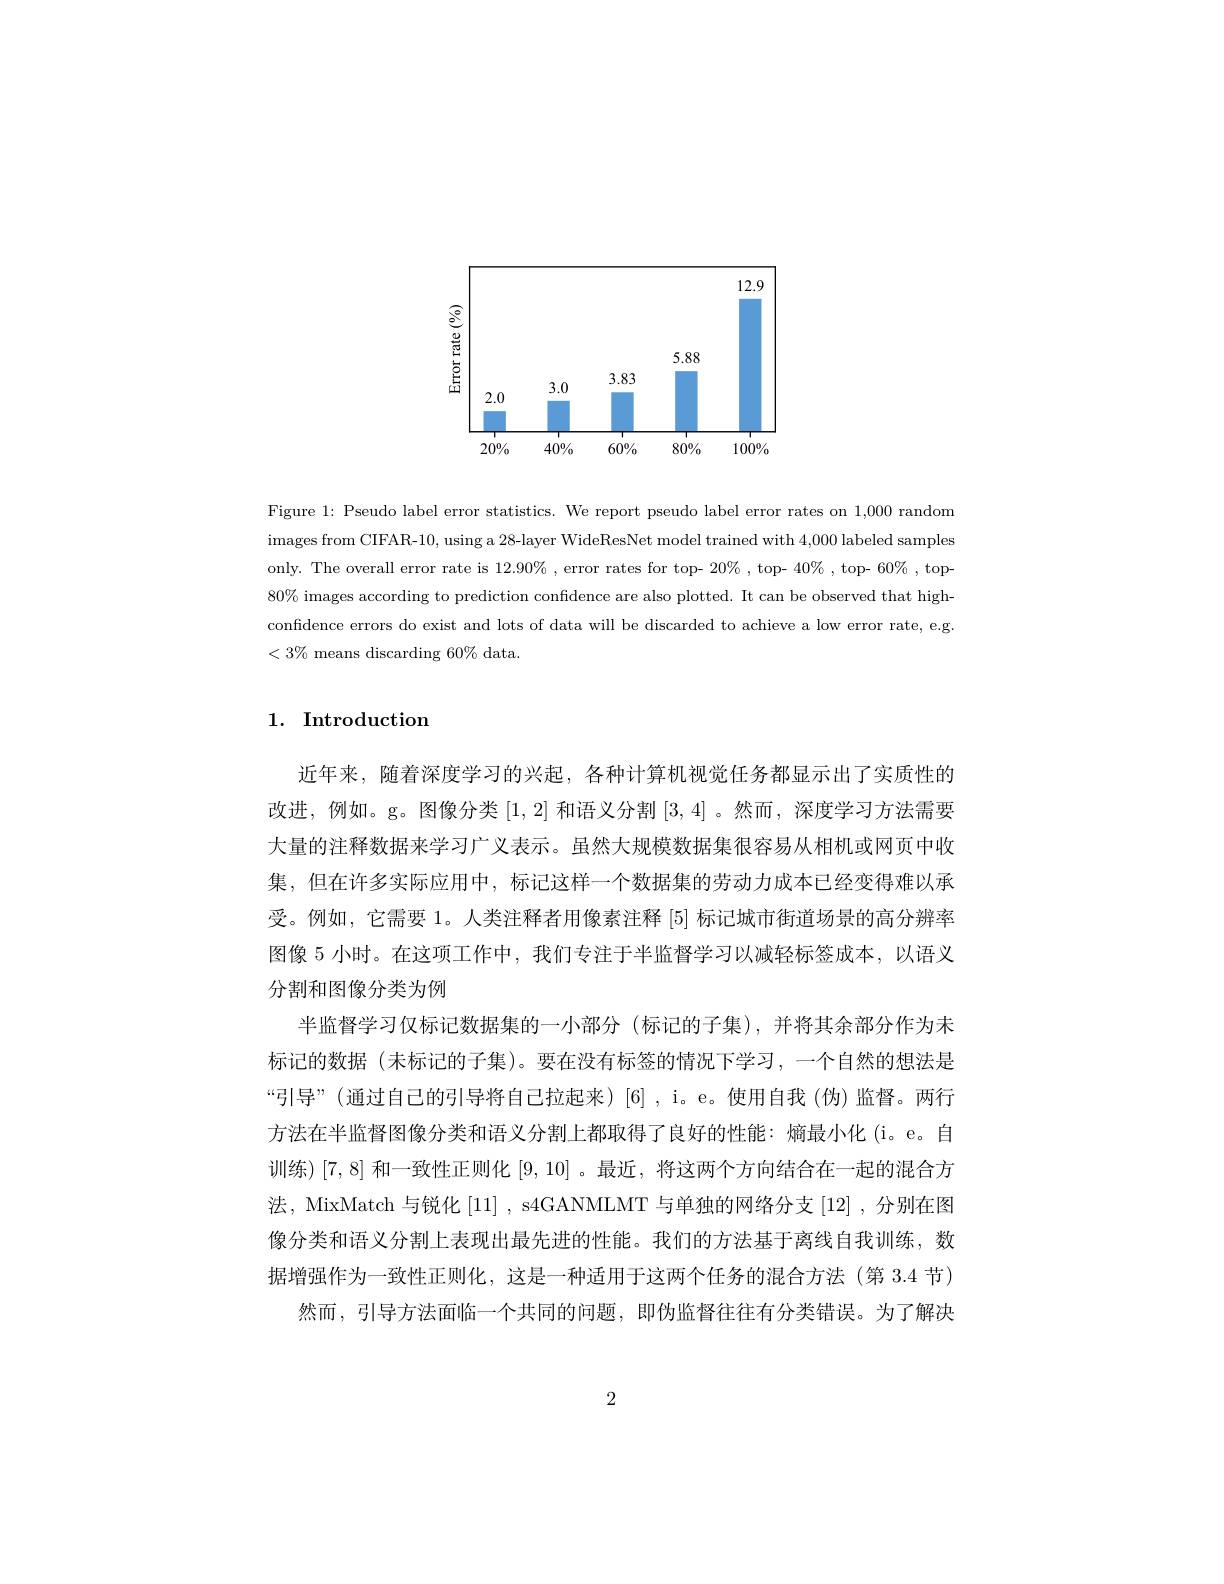
<FigureHere>

Figure 1: Pseudo label error statistics. We report pseudo label error rates on 1,000 random images from CIFAR- 10, using a 28- layer WideResNet model trained with 4, 000 labeled samples only. The overall error rate is $12.90\%$, error rates for top- $20\%$, top- 40% , top- 60%, top- $80\%$ images according to prediction confidence are also plotted. It can be observed that highconfidence errors do exist and lots of data will be discarded to achieve a low error rate, e.g $<3\%$ means discarding 60% data

# 1. Introduction

近年来，随着深度学习的兴起，各种计算机视觉任务都显示出了实质性的改进，例如。g。图像分类[1,2]和语义分割[3,4] 。然而，深度学习方法需要大量的注释数据来学习广义表示。虽然大规模数据集很容易从相机或网页中收集，但在许多实际应用中，标记这样一个数据集的劳动力成本已经变得难以承受。例如，它需要 1。人类注释者用像素注释 [5] 标记城市街道场景的高分辨率图像 5 小时。在这项工作中，我们专注于半监督学习以减轻标签成本，以语义分割和图像分类为例
半监督学习仅标记数据集的一小部分 (标记的子集),并将其余部分作为未标记的数据(末标记的子集)。要在没有标签的情况下学习，一个自然的想法是“引导”(通过自己的引导将自己拉起来)[6],i。e。使用自我(伪)监督。两行方法在半监督图像分类和语义分割上都取得了良好的性能：熵最小化(i。e。自训练) [7,8]和一致性正则化[9,10] 。最近，将这两个方向结合在一起的混合方法，MixMatch 与锐化[11] , s4GANMLMT 与单独的网络分支[12] ,分别在图像分类和语义分割上表现出最先进的性能。我们的方法基于离线自我训练，数据增强作为一致性正则化，这是一种适用于这两个任务的混合方法(第 3.4 节)
然而，引导方法面临一个共同的问题，即伪监督往往有分类错误。为了解决

2